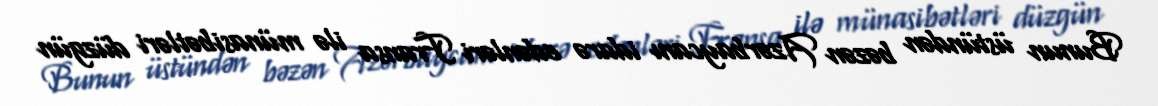
Bunun üstündən bəzən Azərbaycanı idarə edənləri Fransa ilə münasibətləri düzgün